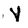
Character: V